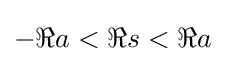
-\Re a<\Re s<\Re a